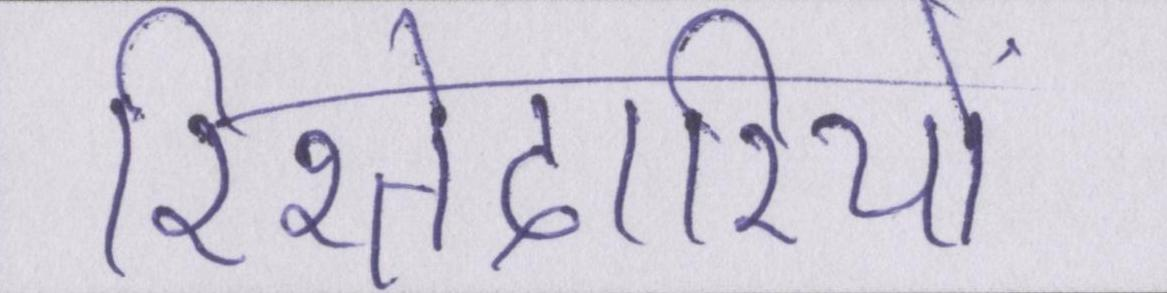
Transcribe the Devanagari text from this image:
रिश्तेदारियों